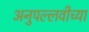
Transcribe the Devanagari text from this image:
अनुपल्लवीच्या